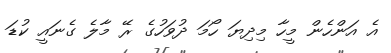
އެ އަންހެން މީހާ މިދިޔަ ހޯމަ ދުވަހުގެ ރޭ މާލެ ގެނައީ ކުޑަ